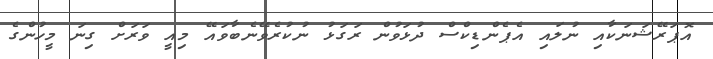
އޮޕަރޭޝަނަކާއި ނުލައި އެޕެންޑިކްސް ދުޅަވުން ރަގަޅު ނުކުރެވޭނެބާވައޭ މިއީ ވަރަށް ގިނަ މީހުންގެ